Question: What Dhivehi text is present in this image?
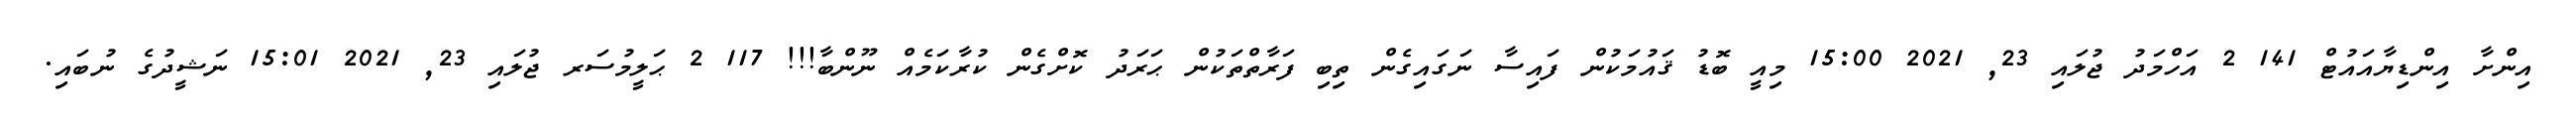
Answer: އިންށާ އިންޑިޔާއައުޓް 141 2 އަހްމަދު ޖުލައި 23, 2021 15:00 މިއީ ބޮޑު ޤައުމަކުން ފައިސާ ނަގައިގެން ތިބި ފަރާތްތަކުން ޙަރަދު ކޮށްގެން ކުރާކަމެއް ނޫންބާ!!! 117 2 ޙަލީމުސަރ ޖުލައި 23, 2021 15:01 ނަޝީދުގެ ނުބައި.